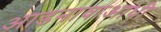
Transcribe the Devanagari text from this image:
आडनावाआधी